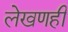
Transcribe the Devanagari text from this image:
लेखणही